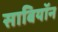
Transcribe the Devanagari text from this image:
साबियॉन